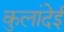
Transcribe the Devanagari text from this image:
कुलांदेई